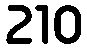
210